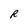
Character: R